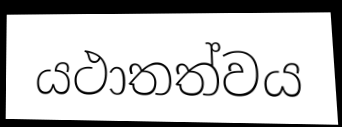
යථාතත්වය